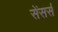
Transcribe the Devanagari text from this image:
सेंसर्स